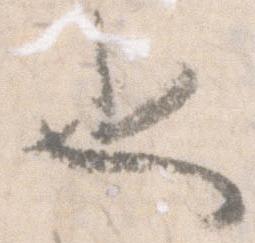
也